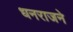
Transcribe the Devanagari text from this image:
धनराजने